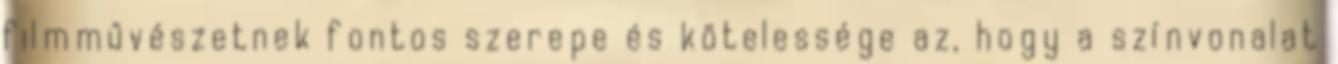
filmművészetnek fontos szerepe és kötelessége az, hogy a színvonalat